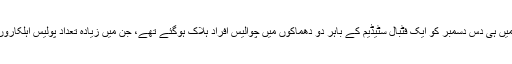
بیشکتاش میں ہی دس دسمبر کو ایک فٹبال سٹیڈیم کے باہر دو دھماکوں میں چوالیس افراد ہلاک ہوگئے تھے، جن میں زیادہ تعداد پولیس اہلکاروں کی تھی۔